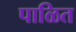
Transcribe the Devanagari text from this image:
पाळित